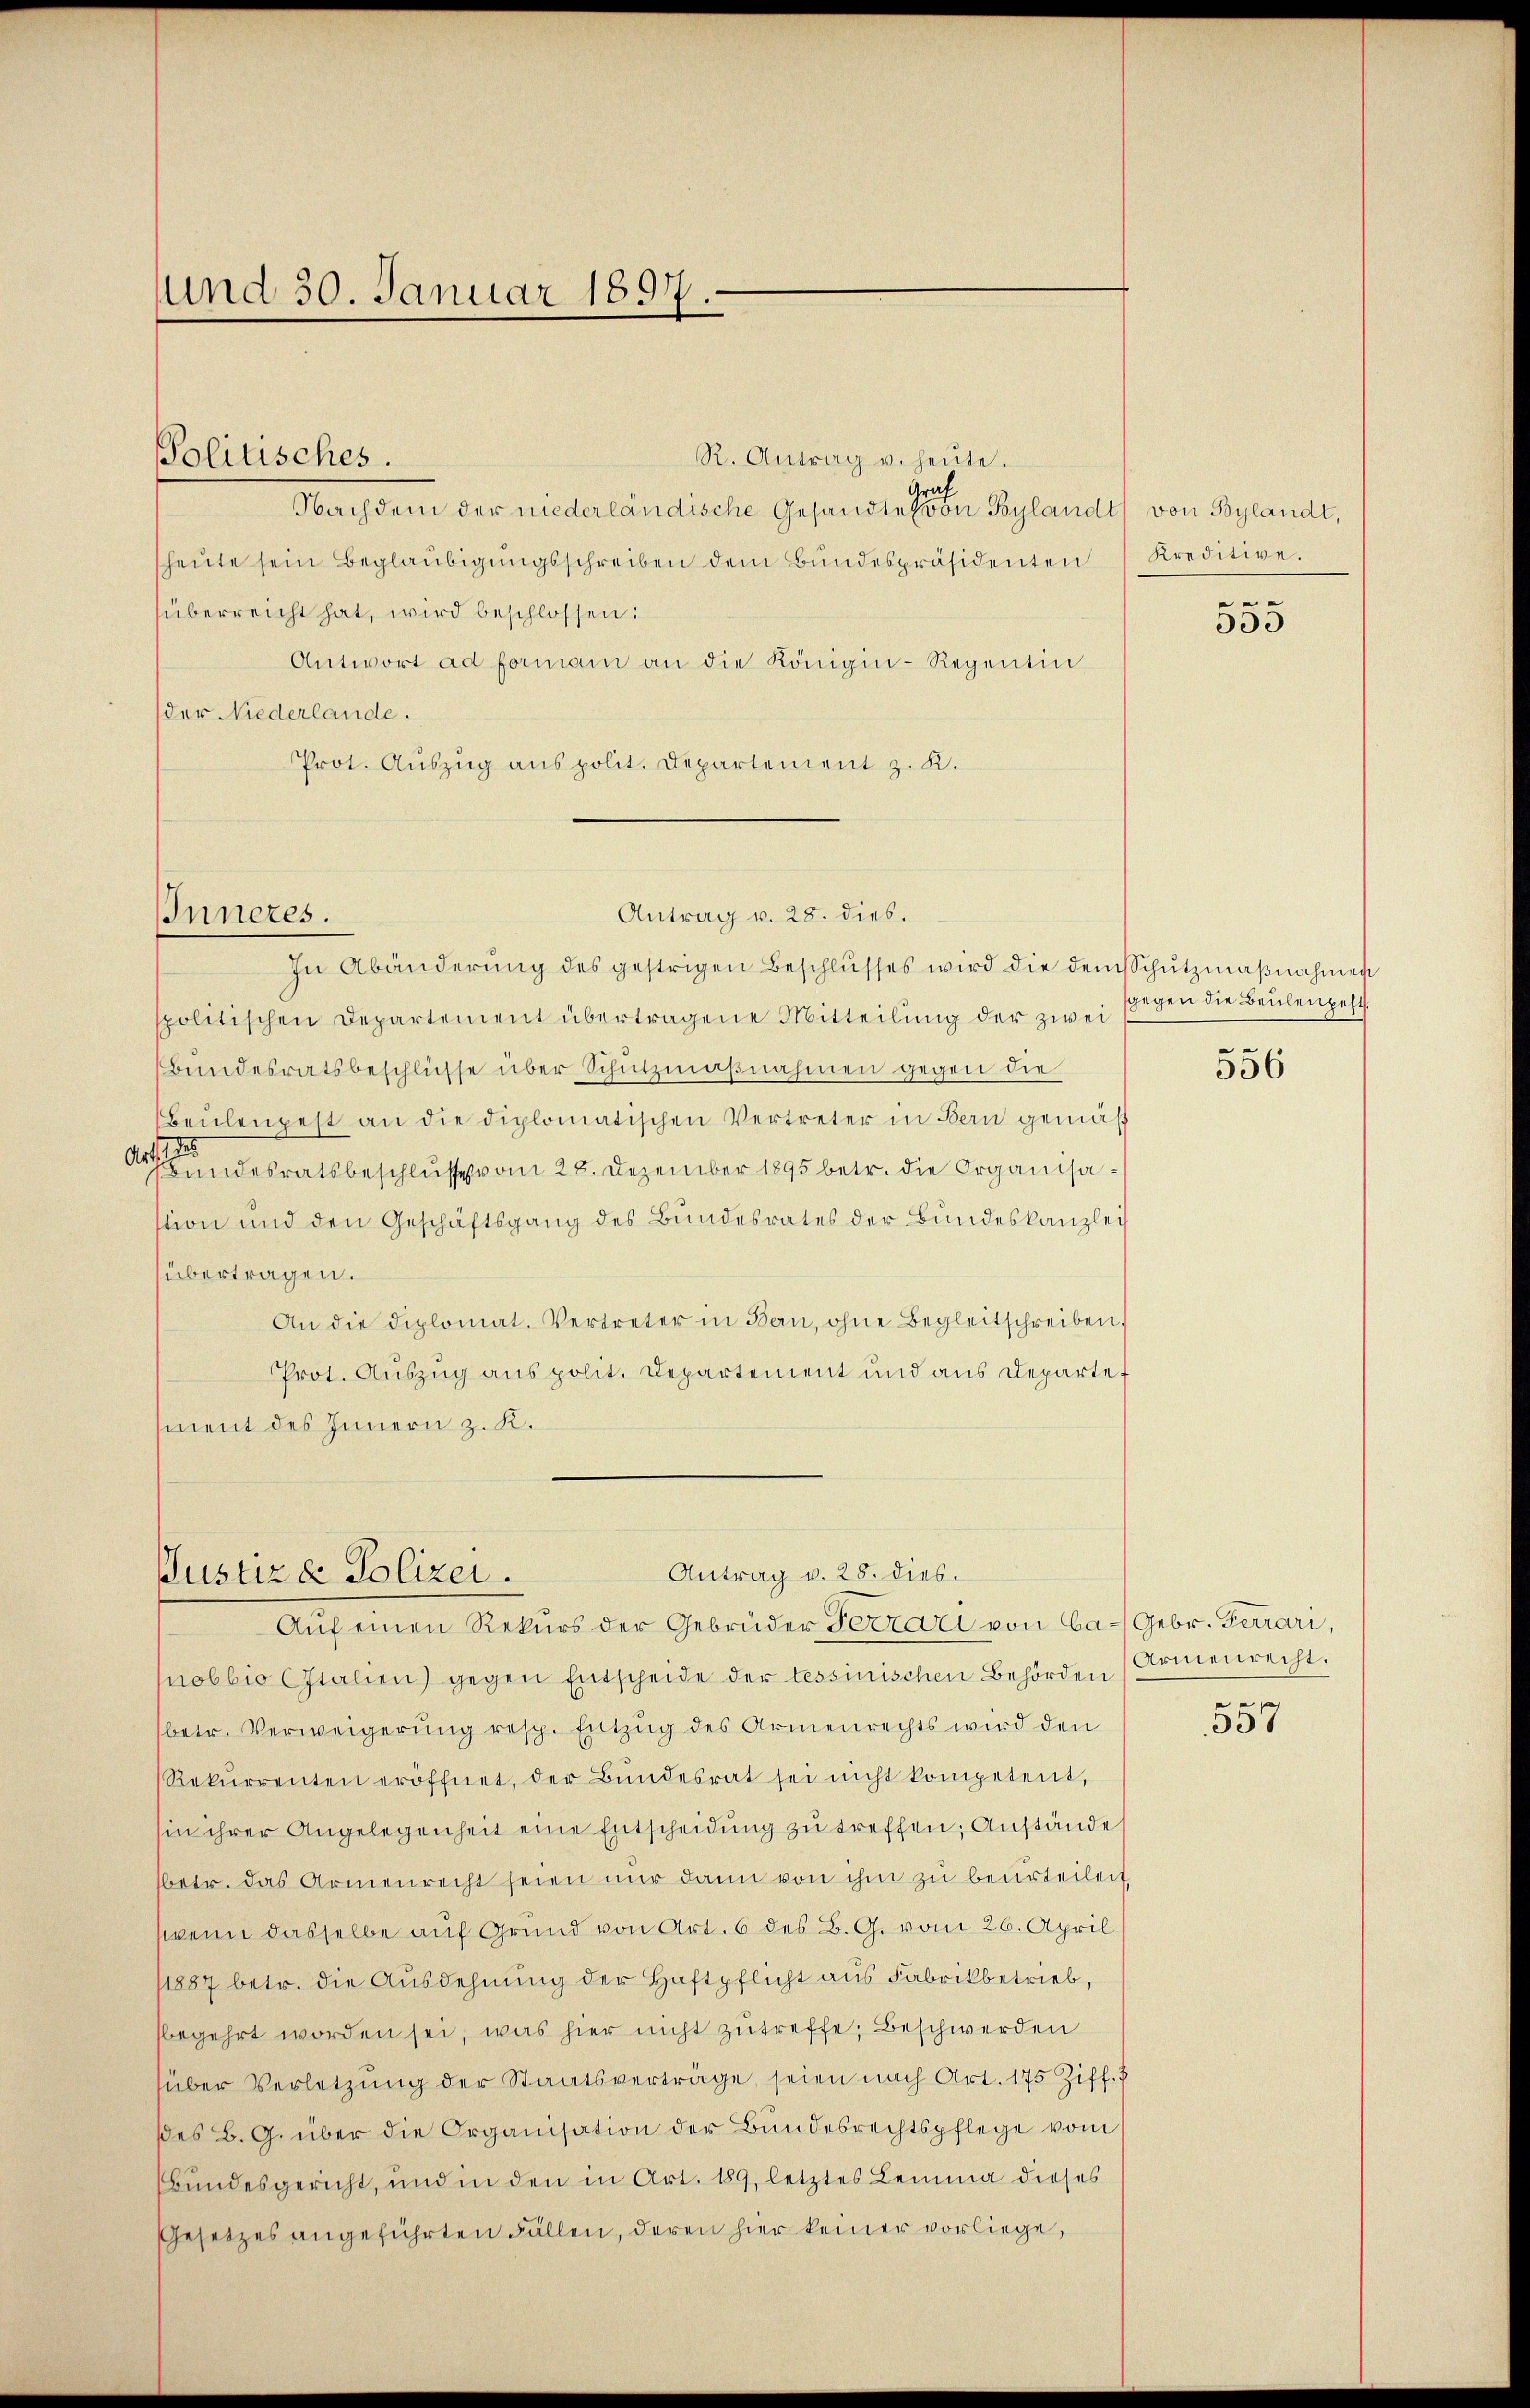
und 30. Januar 1897.

R. Antrag u. heute.
Nachdem der niederländische Gesandten Beylandt von Bylandt,
heŭte sein Beglaŭbigŭngsschreiben dem Bŭndespräsidenten Kreditive.
überreicht hat, wird beschlossen:
Antwort ad forman an die Königin-Regentin
der Niederlande.
Prot. Auszug aus polit. Departement z. K.
In Abänderŭng des gestrigen Beschlŭsses wird die dem schutzmaβnahmen
spolitischen Departement übertragene Mitteilung der zwei
Bundesratsbeschlüsse über Schutzmaßnahmen gegen die
Beŭlenpest an die diplomatischen Vertreter in Bern gemäß
Arsendesratsbeschlusse vom 28. Dezember 1895 betr. die Organisastion und den Geschäftsgang des Bundesrates der Bundeskanzlei
übertragen.
An die diplomat. Vertreter in Bern, ohne Begleitschreiben.
Prot. Auszug aus polit. Departement und aus Departet
ment des Innern z. K.

olitisches.

Inneres.

Antrag v. 28. dies.

Antrag v. 28. dies.
Justiz & Polizei.

Auf einen Rekurs der Gebrüder Ferrari von Ca-Gebr. Ferrari,
obbio Italien) gegen Entscheide der tessinischen Behörden (Armenrecht.
betr. Verweigerung resp. Entzug des Armenrechts wird den
Rekŭrrenten eröffnet, der Bŭndesrat sei nicht kompetent,
in ihrer Angelegenheit eine Entscheidung zu treffen; Anstände
betr. das Armenrecht seien nur dann von ihm zu beurteilen
wenn dasselbe auf Grund von Art. 6 des B. G. vom 26. April
11887 betr. die Ausdehnung der Haftpflicht aus Fabrikbetrieb,
begehrt worden sei, was hier nicht zutreffe, Beschwerden
über Verletzung der Staatsverträge, seien nach Art. 175 Ziff. 7
ses B. G. über die Organisation der Bundesrechtspflege vom
Bundesgericht, und in den in Art. 189, letztes Lemma dieses
Gesetzes angeführten Fällen, deren hier keiner vorliege,

555

gegen die Beulengeht.

556

e

357